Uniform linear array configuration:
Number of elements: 4
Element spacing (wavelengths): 0.5
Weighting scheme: hann
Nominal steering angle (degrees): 60
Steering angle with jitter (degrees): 61.529
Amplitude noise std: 0.05
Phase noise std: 0.05

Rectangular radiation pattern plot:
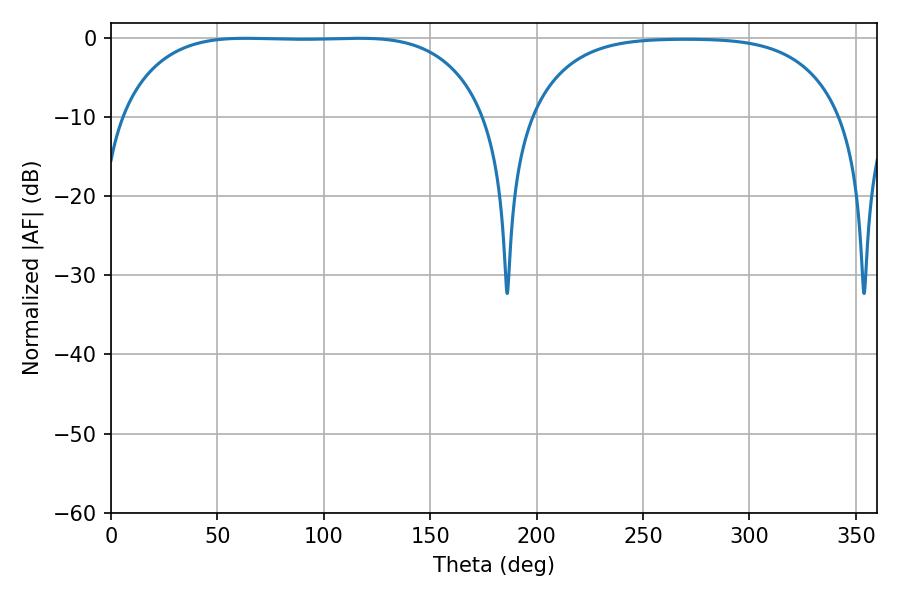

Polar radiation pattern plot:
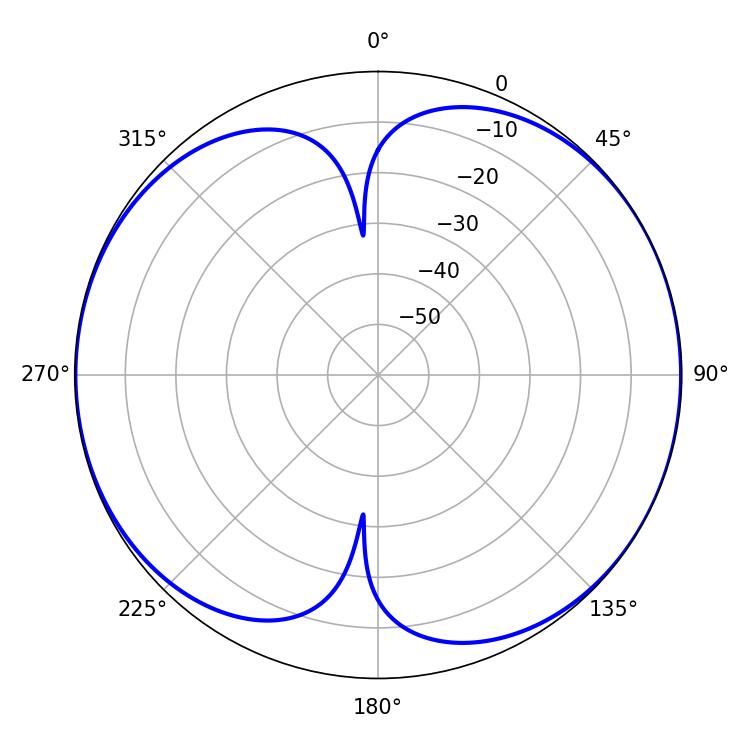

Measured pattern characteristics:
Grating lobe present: FALSE
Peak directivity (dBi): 8.309
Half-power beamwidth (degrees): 133.56
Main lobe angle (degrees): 63.18